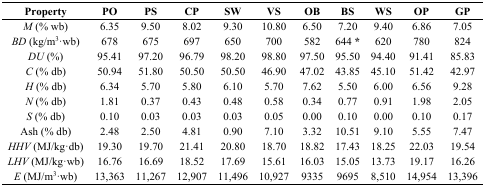
| Property | PO | PS | CP | SW | VS | OB | BS | WS | OP | GP |
 | --- | --- | --- | --- | --- | --- | --- | --- | --- | --- | --- |
 | M (% wb) | 6.35 | 9.50 | 8.02 | 9.30 | 10.80 | 6.50 | 7.20 | 9.40 | 6.86 | 7.05 |
 | BD (kg/m3·wb) | 678 | 675 | 697 | 650 | 700 | 582 | 644 * | 620 | 780 | 824 |
 | DU (%) | 95.41 | 97.20 | 96.79 | 98.20 | 98.80 | 97.50 | 95.50 | 94.40 | 91.41 | 85.83 |
 | C (% db) | 50.94 | 51.80 | 50.50 | 50.50 | 46.90 | 47.02 | 43.85 | 45.10 | 51.42 | 42.97 |
 | H (% db) | 6.34 | 5.70 | 5.80 | 6.10 | 5.70 | 7.62 | 5.50 | 6.00 | 6.56 | 9.28 |
 | N (% db) | 1.81 | 0.37 | 0.43 | 0.48 | 0.58 | 0.34 | 0.77 | 0.91 | 1.98 | 2.05 |
 | S (% db) | 0.10 | 0.03 | 0.03 | 0.03 | 0.05 | 0.00 | 0.10 | 0.00 | 0.10 | 0.17 |
 | Ash (% db) | 2.48 | 2.50 | 4.81 | 0.90 | 7.10 | 3.32 | 10.51 | 9.10 | 5.55 | 7.47 |
 | HHV (MJ/kg·db) | 19.30 | 19.70 | 21.41 | 20.80 | 18.70 | 18.82 | 17.43 | 18.25 | 22.03 | 19.54 |
 | LHV (MJ/kg·wb) | 16.76 | 16.69 | 18.52 | 17.69 | 15.61 | 16.03 | 15.05 | 13.73 | 19.17 | 16.26 |
 | E (MJ/m3·wb) | 13,363 | 11,267 | 12,907 | 11,496 | 10,927 | 9335 | 9695 | 8,510 | 14,954 | 13,396 |